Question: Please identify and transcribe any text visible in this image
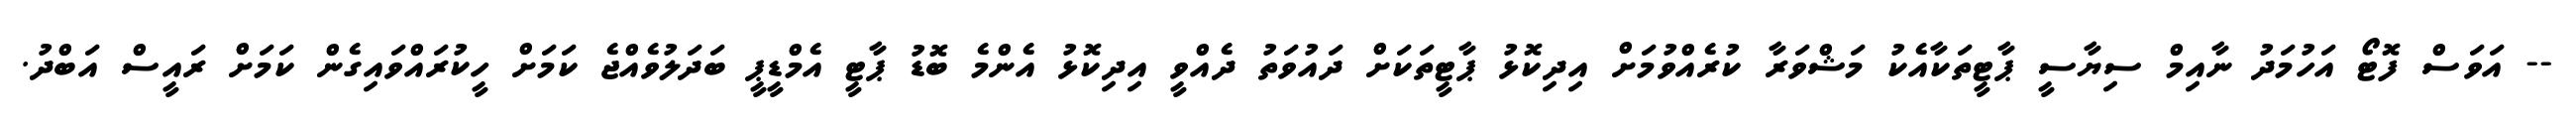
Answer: -- އަވަސް ފޮޓޯ އަހުމަދު ނާއިމް ސިޔާސީ ޕާޓީތަކާއެކު މަޝްވަރާ ކުރެއްވުމަށް އިދިކޮޅު ޕާޓީތަކަށް ދައުވަތު ދެއްވީ އިދިކޮޅު އެންމެ ބޮޑު ޕާޓީ އެމްޑީޕީ ބަދަލުވެއްޖެ ކަމަށް ހީކުރައްވައިގެން ކަމަށް ރައީސް އަބްދު.